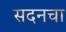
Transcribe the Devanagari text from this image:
सदनचा